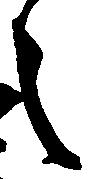
之